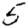
Digit: 5